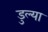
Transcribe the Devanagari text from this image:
डुल्या